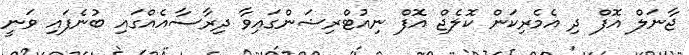
ޖާނަލް އޮފް ދި އެމެރިކަން ކޮލެޖް އޮފް ނިއުޓްރިޝަންގައިވާ ދިރާސާއެއްގައި ބުނެފައި ވަނީ